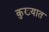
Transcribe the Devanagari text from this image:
कुख़्यात